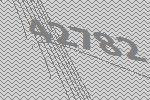
42782